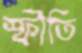
স্ফীতি